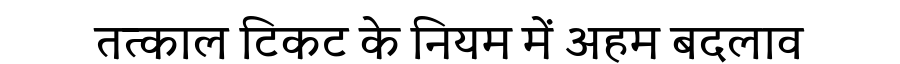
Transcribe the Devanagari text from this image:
तत्काल टिकट के नियम में अहम बदलाव